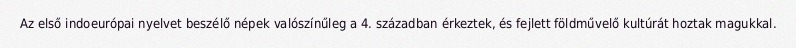
Az első indoeurópai nyelvet beszélő népek valószínűleg a 4. században érkeztek, és fejlett földművelő kultúrát hoztak magukkal.